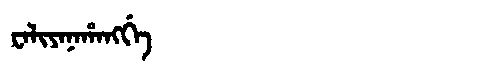
Manchu: ᠸᠠᠯᡳᠶᠠᠨᠠᡥᠠᠩᡤᡝ
Romanization: WALIYANAHANGGE